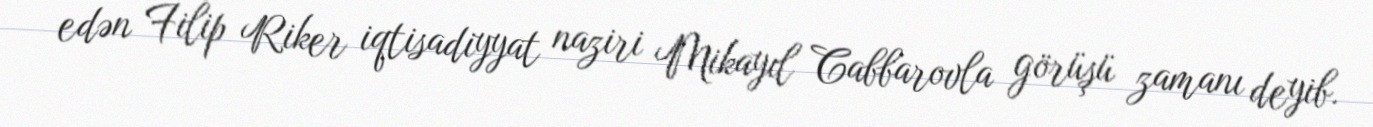
edən Filip Riker iqtisadiyyat naziri Mikayıl Cabbarovla görüşü zamanı deyib.